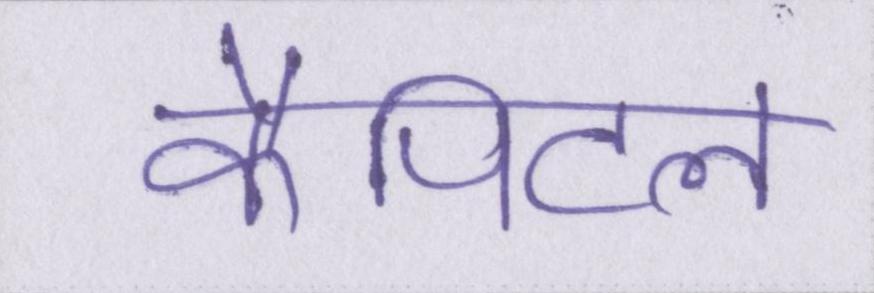
कैपिटल